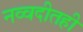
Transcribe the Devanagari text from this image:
नव्वदीतही